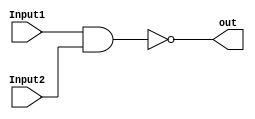
module NAND_Gate(input Input1,
				 input Input2,
				 output out);

    assign out = ~(Input1 & Input2);
    
endmodule